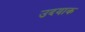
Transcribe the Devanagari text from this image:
उदयाक